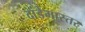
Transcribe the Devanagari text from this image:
दांडेमास्तर